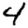
Digit: 4